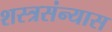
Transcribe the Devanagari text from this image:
शस्त्रसंन्यास